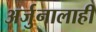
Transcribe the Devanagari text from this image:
अर्जुनालाही